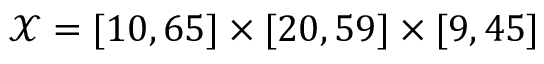
\mathcal { X } = [ 1 0 , 6 5 ] \times [ 2 0 , 5 9 ] \times [ 9 , 4 5 ]